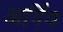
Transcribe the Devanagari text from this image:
आर्गिव